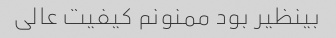
بینظیر بود ممنونم کیفیت عالی